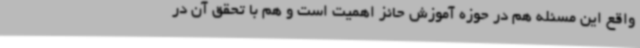
واقع این مسئله هم در حوزه آموزش حائز اهمیت است و هم با تحقق آن در